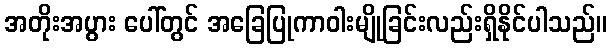
အတိုးအပွား ပေါ်တွင် အခြေပြုကာဝါးမျိုခြင်းလည်းရှိနိုင်ပါသည်။